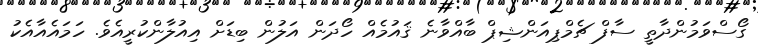
ގޯސްވަމުންދާތީ ސާފް ޗެމްޕިއަންޝިޕް ބާއްވާނެ ޤައުމެއް ހޯދަން އަލުން ބިޑަށް އިއުލާންކުރީއެވެ. ހަމައެއާއެކު